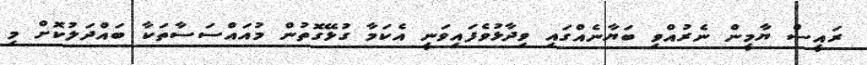
ރައީސް ޔާމީން ނެރުއްވި ބަޔާނެއްގައި ވިދާޅުވެފައިވަނީ އެކަމާ ގުޅޭގޮތުން މުއައްސަސާތަކާ ބައްދަލުކޮށް މި